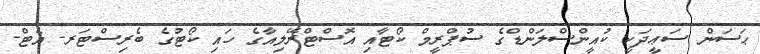
ޙަސަން ސަޢީދަކީ ކުއީންސްލަންޑްގެ ސުޕްރީމް ކޯޓާއި އޮސްޓްރޭލިއާގެ ހައި ކޯޓުގެ ބެރިސްޓަރ- އެޓް-